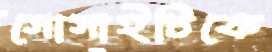
সোসাইটিকে